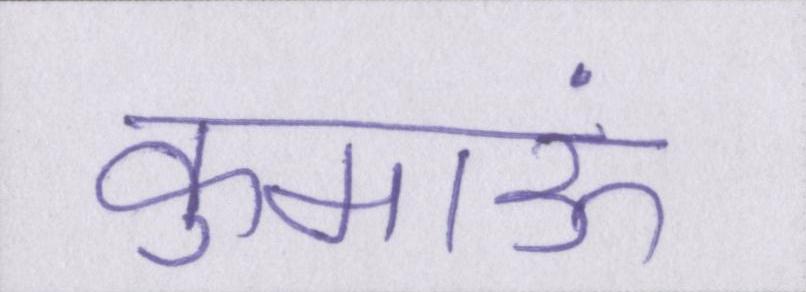
कुमाऊं